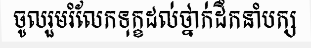
ចូលរួមរំលែកទុក្ខដល់ថ្នាក់ដឹកនាំបក្ស